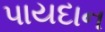
પાયદાન